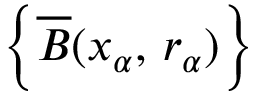
\textstyle \left\{ { \overline { { B } } } ( x _ { \alpha } , \, r _ { \alpha } ) \right\}